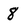
Character: 8